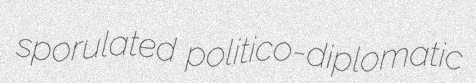
sporulated politico-diplomatic